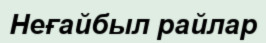
Неғайбыл райлар